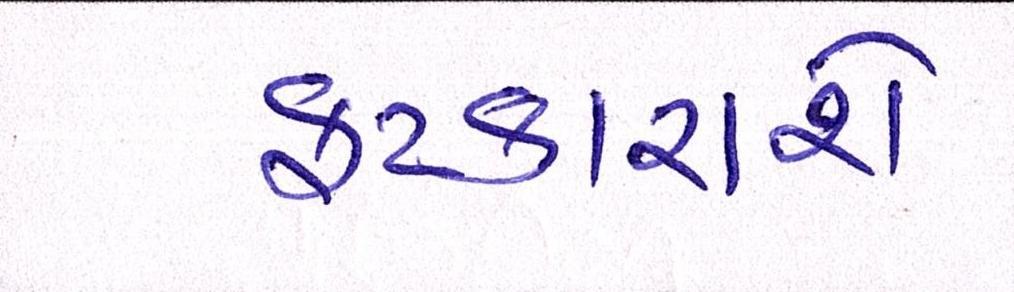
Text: ફટકારાશે